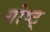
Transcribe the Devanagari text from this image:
गोष्ट्